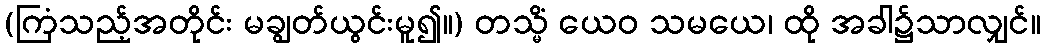
(ကြံသည့်အတိုင်း မချွတ်ယွင်းမူ၍။) တသ္မိံ ယေဝ သမယေ၊ ထို အခါ၌သာလျှင်။